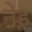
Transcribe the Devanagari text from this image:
नेइ